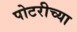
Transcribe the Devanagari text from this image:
पोटरीच्या